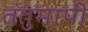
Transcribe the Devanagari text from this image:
तंतुमापी